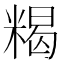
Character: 𥻉